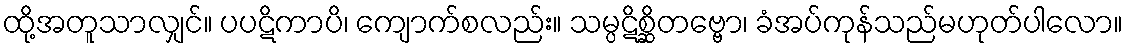
ထို့အတူသာလျှင်။ ပပဋိကာပိ၊ ကျောက်စလည်း။ သမ္ပဋိစ္ဆိတဗ္ဗော၊ ခံအပ်ကုန်သည်မဟုတ်ပါလော။